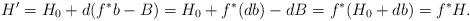
LaTeX: \begin{align*} H'=H_0+d(f^*b-B)=H_0+f^*(db)-dB=f^*(H_0+db)=f^*H.\end{align*}